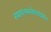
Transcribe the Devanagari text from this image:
स्थापत्यकलेबद्दलदेखील